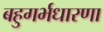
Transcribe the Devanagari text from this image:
बहुगर्भधारणा